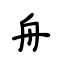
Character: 舟